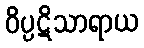
ဝိပ္ပဋိသာရာယ